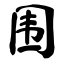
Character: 围